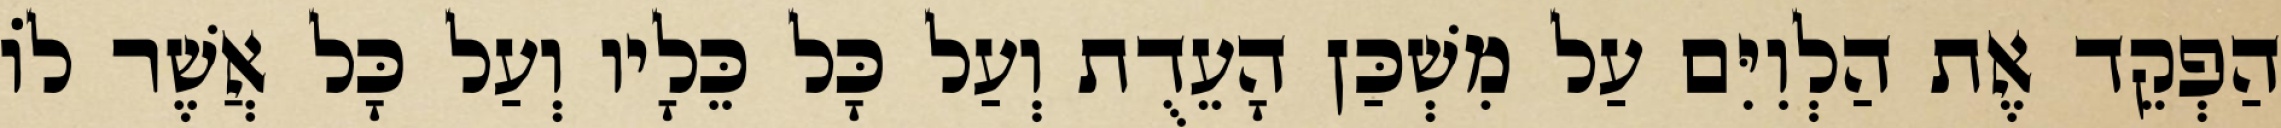
הַפְקֵד אֶת הַלְוִיִּם עַל מִשְׁכַּן הָעֵדֻת וְעַל כָּל כֵּלָיו וְעַל כָּל אֲשֶׁר לוֹ